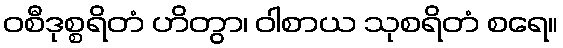
ဝစီဒုစ္စရိတံ ဟိတွာ၊ ဝါစာယ သုစရိတံ စရေ။